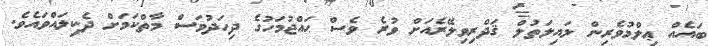
ބައެއް ޢިލްމުވެރިން ލައިލަތުލް ޤަދްރިވިލޭރެއަށް ވުރެ ވެސް ޙައްޖުމަހުގެ ދިހަދުވަސް މާތްކަމަށް ދެކިލައްވައެވެ.